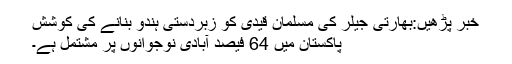
خبر پڑھیں:بھارتی جیلر کی مسلمان قیدی کو زبردستی ہندو بنانے کی کوشش
پاکستان میں 64 فیصد آبادی نوجوانوں پر مشتمل ہے۔